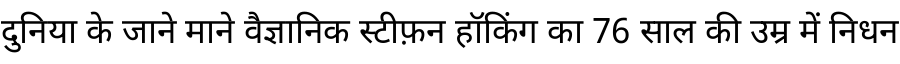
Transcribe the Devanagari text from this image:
दुनिया के जाने माने वैज्ञानिक स्टीफ़न हॉकिंग का 76 साल की उम्र में निधन